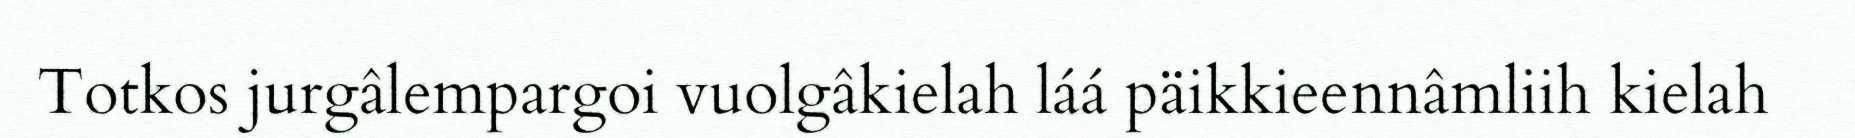
Totkos jurgâlempargoi vuolgâkielah láá päikkieennâmliih kielah